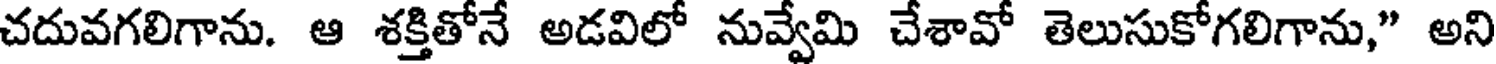
చదువగలిగాను. ఆ శక్తితోనే అడవిలో నువ్వేమి చేశావో తెలుసుకోగలిగాను," అని